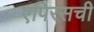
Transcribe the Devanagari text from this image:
एपिरसची